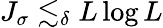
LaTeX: J_{\sigma}\lesssim_{\delta}L\log L